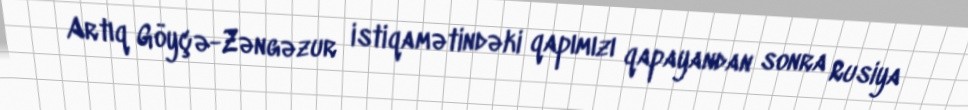
Artıq Göyçə-Zəngəzur istiqamətindəki qapımızı qapayandan sonra Rusiya